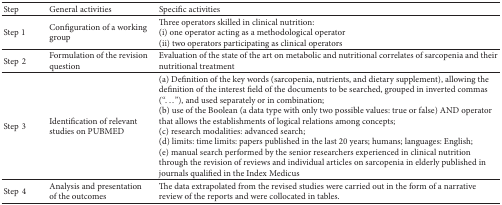
<table><thead><tr><td><b>Step</b></td><td><b>General activities</b></td><td><b>Specific activities</b></td></tr></thead><tbody><tr><td>Step1</td><td>Configuration of a working group </td><td>Three operators skilled in clinical nutrition:(i) one operator acting as a methodological operator (ii) two operators participating as clinical operators</td></tr><tr><td>Step2</td><td>Formulation of the revision question</td><td>Evaluation of the state of the art on metabolic and nutritional correlates of sarcopenia and their nutritional treatment</td></tr><tr><td>Step3</td><td>Identification of relevant studies on PUBMED</td><td>(a) Definition of the key words (sarcopenia, nutrients, and dietary supplement), allowing the definition of the interest field of the documents to be searched, grouped in inverted commas (“...”), and used separately or in combination;(b) use of the Boolean (a data type with only two possible values: true or false) AND operator that allows the establishments of logical relations among concepts; (c) research modalities: advanced search; (d) limits: time limits: papers published in the last 20 years; humans; languages: English; (e) manual search performed by the senior researchers experienced in clinical nutrition through the revision of reviews and individual articles on sarcopenia in elderly published in journals qualified in the Index Medicus</td></tr><tr><td>Step4</td><td>Analysis and presentation of the outcomes</td><td>The data extrapolated from the revised studies were carried out in the form of a narrative review of the reports and were collocated in tables.</td></tr></tbody></table>